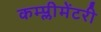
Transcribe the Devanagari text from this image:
कम्प्लीमेंटरी